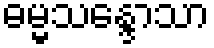
ဓမ္မသန္ဒောသာ